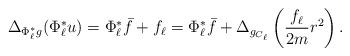
LaTeX: \begin{align*}\Delta_{\Phi_\ell^*g} (\Phi_\ell^* u) = \Phi_\ell^*\bar{f} + f_\ell = \Phi_\ell^*\bar{f} + \Delta_{g_{C_\ell}}\left(\frac{f_\ell}{2m}r^2\right).\end{align*}